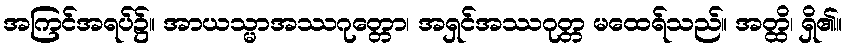
အကြင်အရပ်၌။ အာယသ္မာအဿဂုတ္တော၊ အရှင်အဿဂုတ္တ မထေရ်သည်။ အတ္ထိ၊ ရှိ၏။